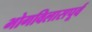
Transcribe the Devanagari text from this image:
भोगविलासपूर्व